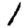
Digit: 1